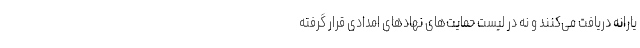
یارانه دریافت می‌کنند و نه در لیست حمایت‌های نهادهای امدادی قرار گرفته